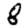
Digit: 8